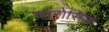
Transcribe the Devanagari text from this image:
थोरोसिक